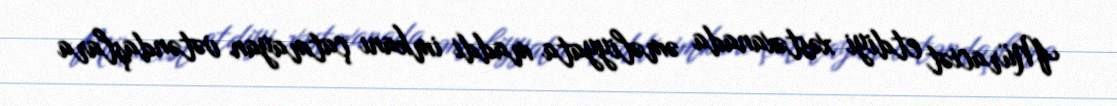
Müraciət etdiyi xəstəxanada əməliyyata maddi imkanı çatmayan vətəndaşlara